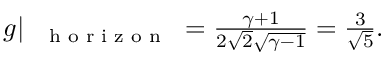
\begin{array} { r } { g | _ { \mathrm { ~ { ~ \scriptsize ~ h ~ o ~ r ~ i ~ z ~ o ~ n ~ } ~ } } = \frac { \gamma + 1 } { 2 \sqrt { 2 } \sqrt { \gamma - 1 } } = \frac { 3 } { \sqrt { 5 } } . } \end{array}